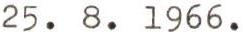
25.8.1966.